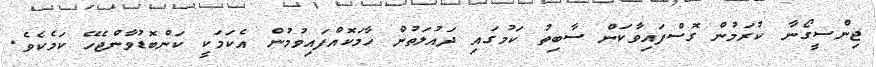
ޖިންސީގޯނާ ކުރަމުން ގޮސްފައިވާކަން ސާބިތު ކަމުގައި ދައުލަތުން ހާމަކޮއްފައިވުމުން އެކަމަކީ ކަންބޮޑުވާންޖެހޭ ކަމެކެވެ.